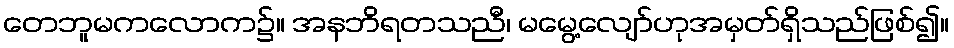
တေဘူမကလောက၌။ အနဘိရတသညီ၊ မမွေ့လျော်ဟုအမှတ်ရှိသည်ဖြစ်၍။